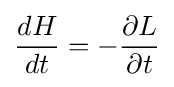
{\frac {dH}{dt}}=-{\frac {\partial L}{\partial t}}